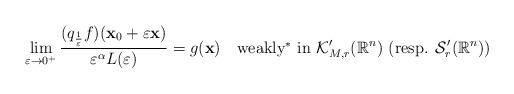
LaTeX: \begin{align*} \lim_{\varepsilon\to 0^{+}} \frac{(q_{\frac{1}{\varepsilon}}f)(\mathbf{x}_{0}+\varepsilon \mathbf{x})}{\varepsilon^{\alpha}L(\varepsilon)}= g(\mathbf{x}) \ \ \ \mbox{weakly$^{\ast}$ in } \mathcal{K}_{M,r}'(\mathbb{R}^{n}) \ (\mbox{resp. } \mathcal{S}'_{r}(\mathbb{R}^{n}))\end{align*}